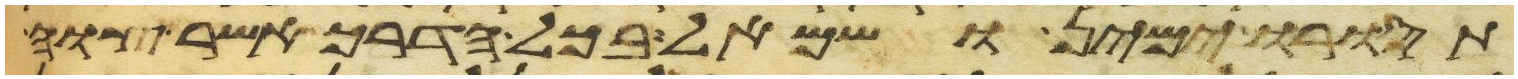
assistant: תסורו ימין ושמאל בכל הדרך אשר צוה